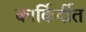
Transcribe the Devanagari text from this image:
कार्किर्दीत